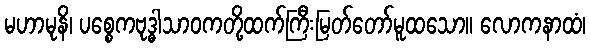
မဟာမုနိ၊ ပစ္စေကဗုဒ္ဓါသာဝကတို့ထက်ကြီးမြတ်တော်မူထသော။ လောကနာထံ၊